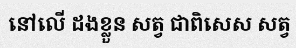
នៅលើ ដងខ្លួន សត្វ ជាពិសេស សត្វ